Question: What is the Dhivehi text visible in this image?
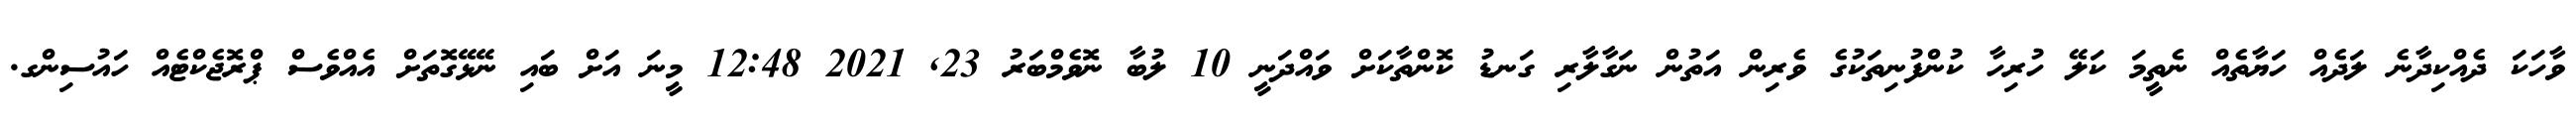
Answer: ވާހަކަ ދެއްކިދާނެ ލަދެއް ހަޔާތެއް ނެތީމަ ކަލޭ ހުރިހާ ކުންފުނިތަކުގެ ވެރިން އަތުން ނަގާލާރި ގަނޑު ކޮންތާކަށް ވައްދަނީ 10 ލުބާ ނޮވެމްބަރު 23, 2021 12:48 މީނަ އަށް ބައި ނޭޅޭގޮތަށް އެއްވެސް ޕްރޮޖެކްޓެއް ހައުސިންގ.